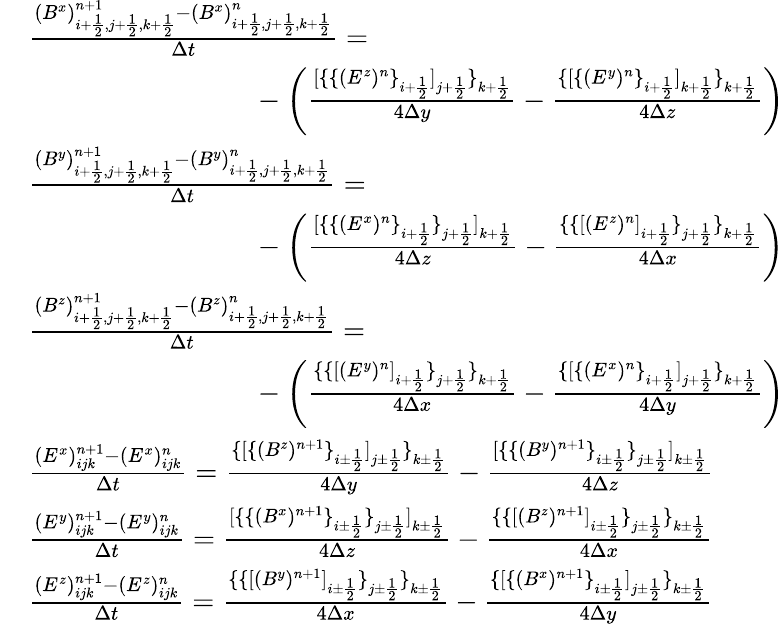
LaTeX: \begin{array}{rl}&{\frac{(B^{x})_{i+\frac 12,j+\frac 12,k+\frac 12}^{n+1}-(B^{x})_{i+\frac 12,j+\frac 12,k+\frac 12}^{n}}{\Delta t}=}\\ &{\phantom{mmmmmmmmm}-\left(\frac{[\{ \{ (E^{z})^{n}\} _{i+\frac 12}]_{j+\frac 12}\} _{k+\frac 12}}{4\Delta y}-\frac{\{ [\{ (E^{y})^{n}\} _{i+\frac 12}]_{k+\frac 12}\} _{k+\frac 12}}{4\Delta z}\right)}\\ &{\frac{(B^{y})_{i+\frac 12,j+\frac 12,k+\frac 12}^{n+1}-(B^{y})_{i+\frac 12,j+\frac 12,k+\frac 12}^{n}}{\Delta t}=}\\ &{\phantom{mmmmmmmmm}-\left(\frac{[\{ \{ (E^{x})^{n}\} _{i+\frac 12}\} _{j+\frac 12}]_{k+\frac 12}}{4\Delta z}-\frac{\{ \{ [(E^{z})^{n}]_{i+\frac 12}\} _{j+\frac 12}\} _{k+\frac 12}}{4\Delta x}\right)}\\ &{\frac{(B^{z})_{i+\frac 12,j+\frac 12,k+\frac 12}^{n+1}-(B^{z})_{i+\frac 12,j+\frac 12,k+\frac 12}^{n}}{\Delta t}=}\\ &{\phantom{mmmmmmmmm}-\left(\frac{\{ \{ [(E^{y})^{n}]_{i+\frac 12}\} _{j+\frac 12}\} _{k+\frac 12}}{4\Delta x}-\frac{\{ [\{ (E^{x})^{n}\} _{i+\frac 12}]_{j+\frac 12}\} _{k+\frac 12}}{4\Delta y}\right)}\\ &{\frac{(E^{x})_{ijk}^{n+1}-(E^{x})_{ijk}^{n}}{\Delta t}=\frac{\{ [\{ (B^{z})^{n+1}\} _{i\pm\frac 12}]_{j\pm\frac 12}\} _{k\pm\frac 12}}{4\Delta y}-\frac{[\{ \{ (B^{y})^{n+1}\} _{i\pm\frac 12}\} _{j\pm\frac 12}]_{k\pm\frac 12}}{4\Delta z}}\\ &{\frac{(E^{y})_{ijk}^{n+1}-(E^{y})_{ijk}^{n}}{\Delta t}=\frac{[\{ \{ (B^{x})^{n+1}\} _{i\pm\frac 12}\} _{j\pm\frac 12}]_{k\pm\frac 12}}{4\Delta z}-\frac{\{ \{ [(B^{z})^{n+1}]_{i\pm\frac 12}\} _{j\pm\frac 12}\} _{k\pm\frac 12}}{4\Delta x}}\\ &{\frac{(E^{z})_{ijk}^{n+1}-(E^{z})_{ijk}^{n}}{\Delta t}=\frac{\{ \{ [(B^{y})^{n+1}]_{i\pm\frac 12}\} _{j\pm\frac 12}\} _{k\pm\frac 12}}{4\Delta x}-\frac{\{ [\{ (B^{x})^{n+1}\} _{i\pm\frac 12}]_{j\pm\frac 12}\} _{k\pm\frac 12}}{4\Delta y}}\end{array}